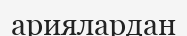
ариялардан